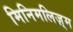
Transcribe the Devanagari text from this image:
मिनिमलिज़्म